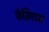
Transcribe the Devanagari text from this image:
फॅसिएटस